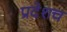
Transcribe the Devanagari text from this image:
प्रदेशच